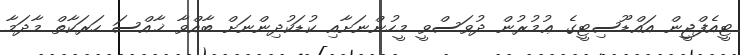
ޓީއެފްޖީން އައްޑޫސިޓީގެ ޢުމުރުން ދުވަސްވީ މީހުންނަށާއި ކުޑަކުދިންނަށް ބާއްވާ ޚާއްސަ ހަރަކާތް މާދަމާ